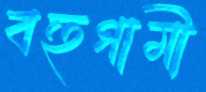
বহুগামী